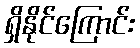
ရှိနိုင်ကြောင်း